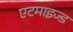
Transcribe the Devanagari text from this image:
एटमाइज्ड